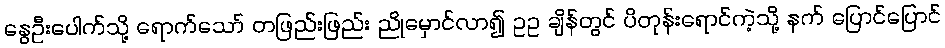
နွေဦးပေါက်သို့ ရောက်သော် တဖြည်းဖြည်း ညိုမှောင်လာ၍ ဥဥ ချိန်တွင် ပိတုန်းရောင်ကဲ့သို့ နက် ပြောင်ပြောင်